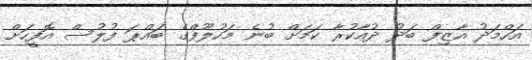
އަހްމަދު އާޒިފް ބަދު ދުއާކުރާ ކަމަށް ބުނެ މަހުލޫފްގެ ބައްޕަ ފުލުސް އޮފީހަށް